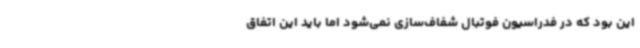
این بود که در فدراسیون فوتبال شفاف‌سازی نمی‌شود اما باید این اتفاق